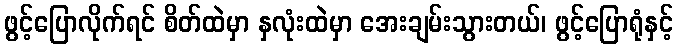
ဖွင့်ပြောလိုက်ရင် စိတ်ထဲမှာ နှလုံးထဲမှာ အေးချမ်းသွားတယ်၊ ဖွင့်ပြောရုံနှင့်